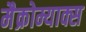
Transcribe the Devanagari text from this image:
मैक्रोम्याक्स